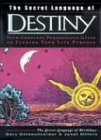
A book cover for The Secret Language of Destiny: A Complete Personology Guide to Finding Your Life Purpose; Gary Goldschneider; Health, Fitness & Dieting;